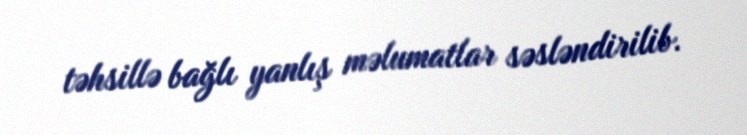
təhsillə bağlı yanlış məlumatlar səsləndirilib.